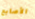
الأصابع